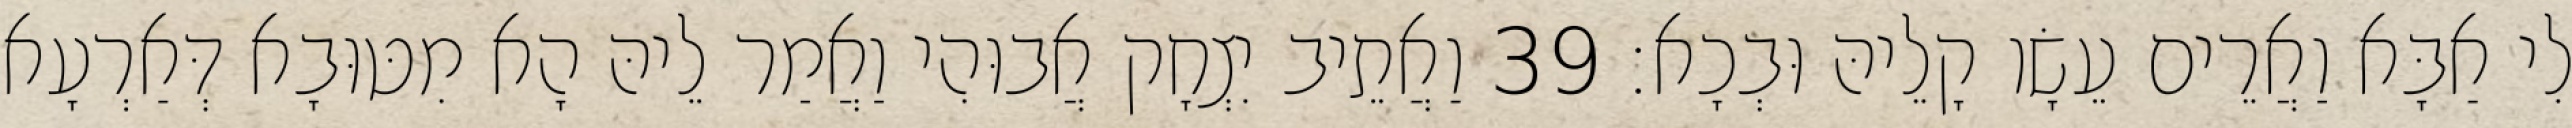
לִי אַבָּא וַאֲרֵים עֵשָׂו קָלֵיהּ וּבְכָא׃ 39 וַאֲתֵיב יִצְחָק אֲבוּהִי וַאֲמַר לֵיהּ הָא מִטּוּבָא דְּאַרְעָא